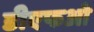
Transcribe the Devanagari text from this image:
डीएफओ